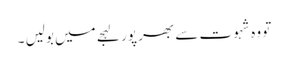
تو وہ شہوت سے بھر پور لہجے میں بولیں ۔